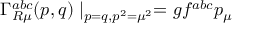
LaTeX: \Gamma _ { R \mu } ^ { a b c } ( p , q ) \mid _ { p = q , p ^ { 2 } = \mu ^ { 2 } } = g f ^ { a b c } p _ { \mu }